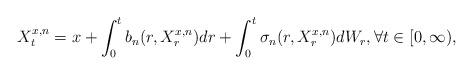
LaTeX: \begin{align*}X_t^{x,n}=x+\int_0^tb_n(r,X_r^{x,n})dr+\int_0^t\sigma_n(r,X_r^{x,n})dW_r, \forall t\in [0,\infty),\end{align*}